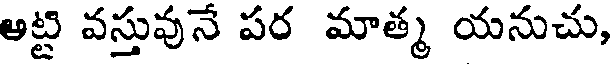
అట్టి వస్తువునే పర మాత్మ యనుచు,